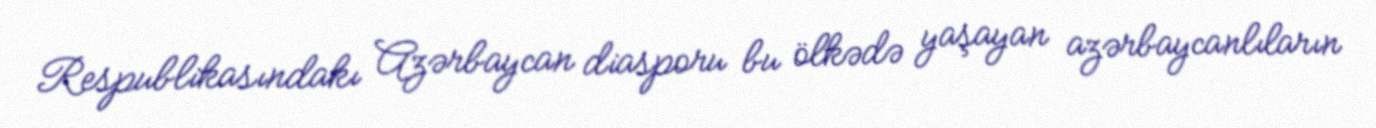
Respublikasındakı Azərbaycan diasporu bu ölkədə yaşayan azərbaycanlıların